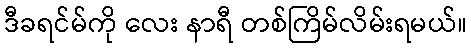
ဒီခရင်မ်ကို လေး နာရီ တစ်ကြိမ်လိမ်းရမယ်။